Laidoner,_Johan, lk 94
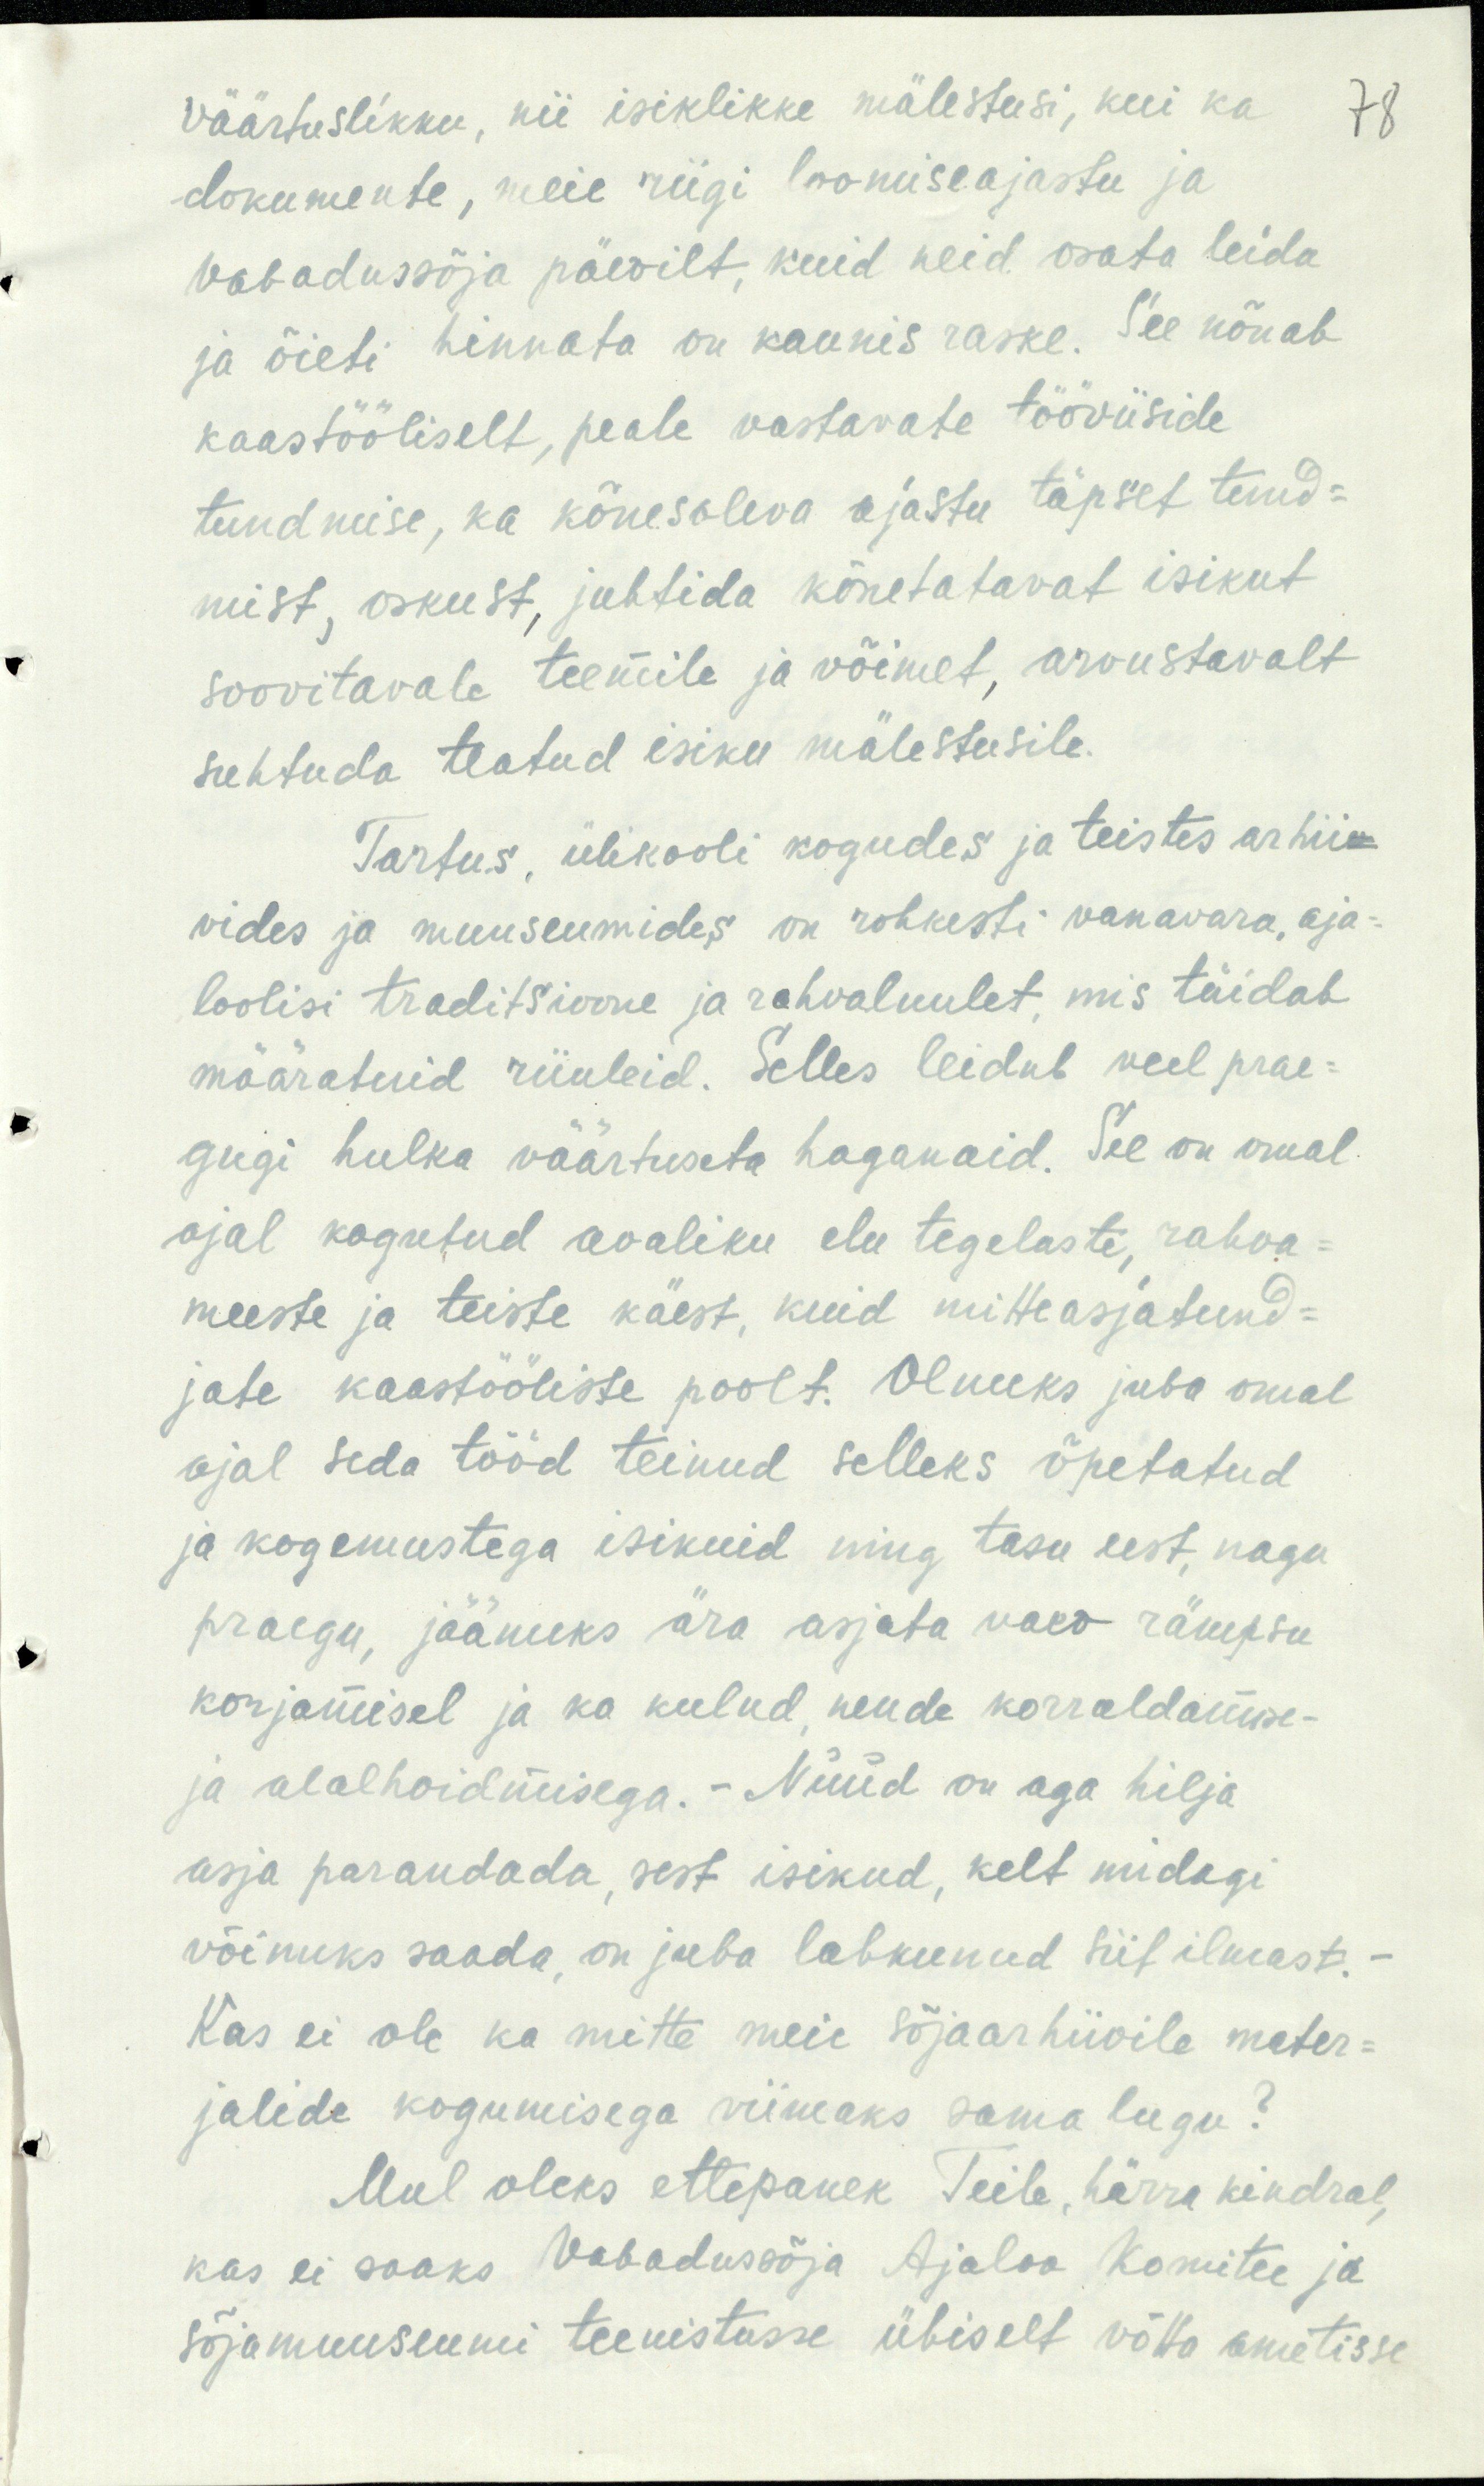
Väärtuslikku, nii isiklikke mälestusi, kui ka
78
dokumente, meie riigi loomiseajastu ja
vabadussõja päevilt, kuid neid osata leida
ja õieti hinnata on kaunis raske. See nõuab
kaastööliselt, peale vastavate tööviiside
tundmise, ka kõnesoleva ajastu täpset tund-
mist, oskust, juhtida kõnetatavat isikut
soovitavale teemile ja võimet, arvustavalt
suhtuda teatud isiku mälestusile.
Tartus, ülikooli kogudes ja teistes arhii-
vides ja muuseumides on rohkesti vanavara, aja-
loolisi traditsioone ja rahvaluulet, mis täidab
määratuid riiuleid. Selles leidub veel prae-
gugi hulka väärtuseta tagamaid. See on omal
ajal kogutud avaliku elu tegelaste, rahva-
meeste ja teiste käest, kuid mitteasjatund-
jate kaastööliste poolt. Olnuks juba omal
ajal seda tööd teinud selleks õpetatud
ja kogemustega isikuid ning tasu eest, nagu
praegu, jäänuks ära asjata vaev rämpsu
korjamisel ja ka kulud, nende korraldamise-
ja alalhoidmisega. Nüüd on aga hilja
asja parandada, sest isikud, kelt midagi
võimuks saada, on juba lahkunud siitilmast.
Kas ei ole ka mitte meie sõjaarhiivile mater-
jalide kogumisega viimaks sama lugu?
Mul oleks ettepanek Teile, härra kindral,
kas ei saaks Vabadussõja Ajaloo Komitee ja
sõjamuuseumi teenistusse ühiselt võtta ametisse